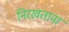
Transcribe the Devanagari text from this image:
निरखताना